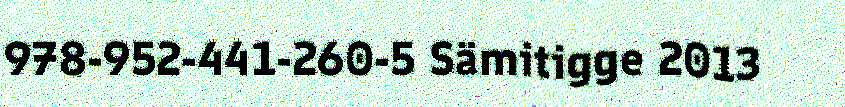
978-952-441-260-5 Sämitigge 2013